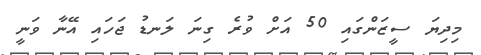
މިދިޔަ ސީޒަންގައި 50 އަށް ވުރެ ގިނަ ލަނޑު ޖަހައި އޭނާ ވަނީ